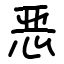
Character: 恶